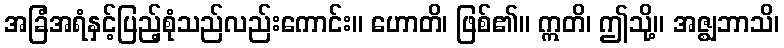
အခြံအရံနှင့်ပြည့်စုံသည်လည်းကောင်း။ ဟောတိ၊ ဖြစ်၏။ ဣတိ၊ ဤသို့။ အဇ္ဈဘာသိ၊